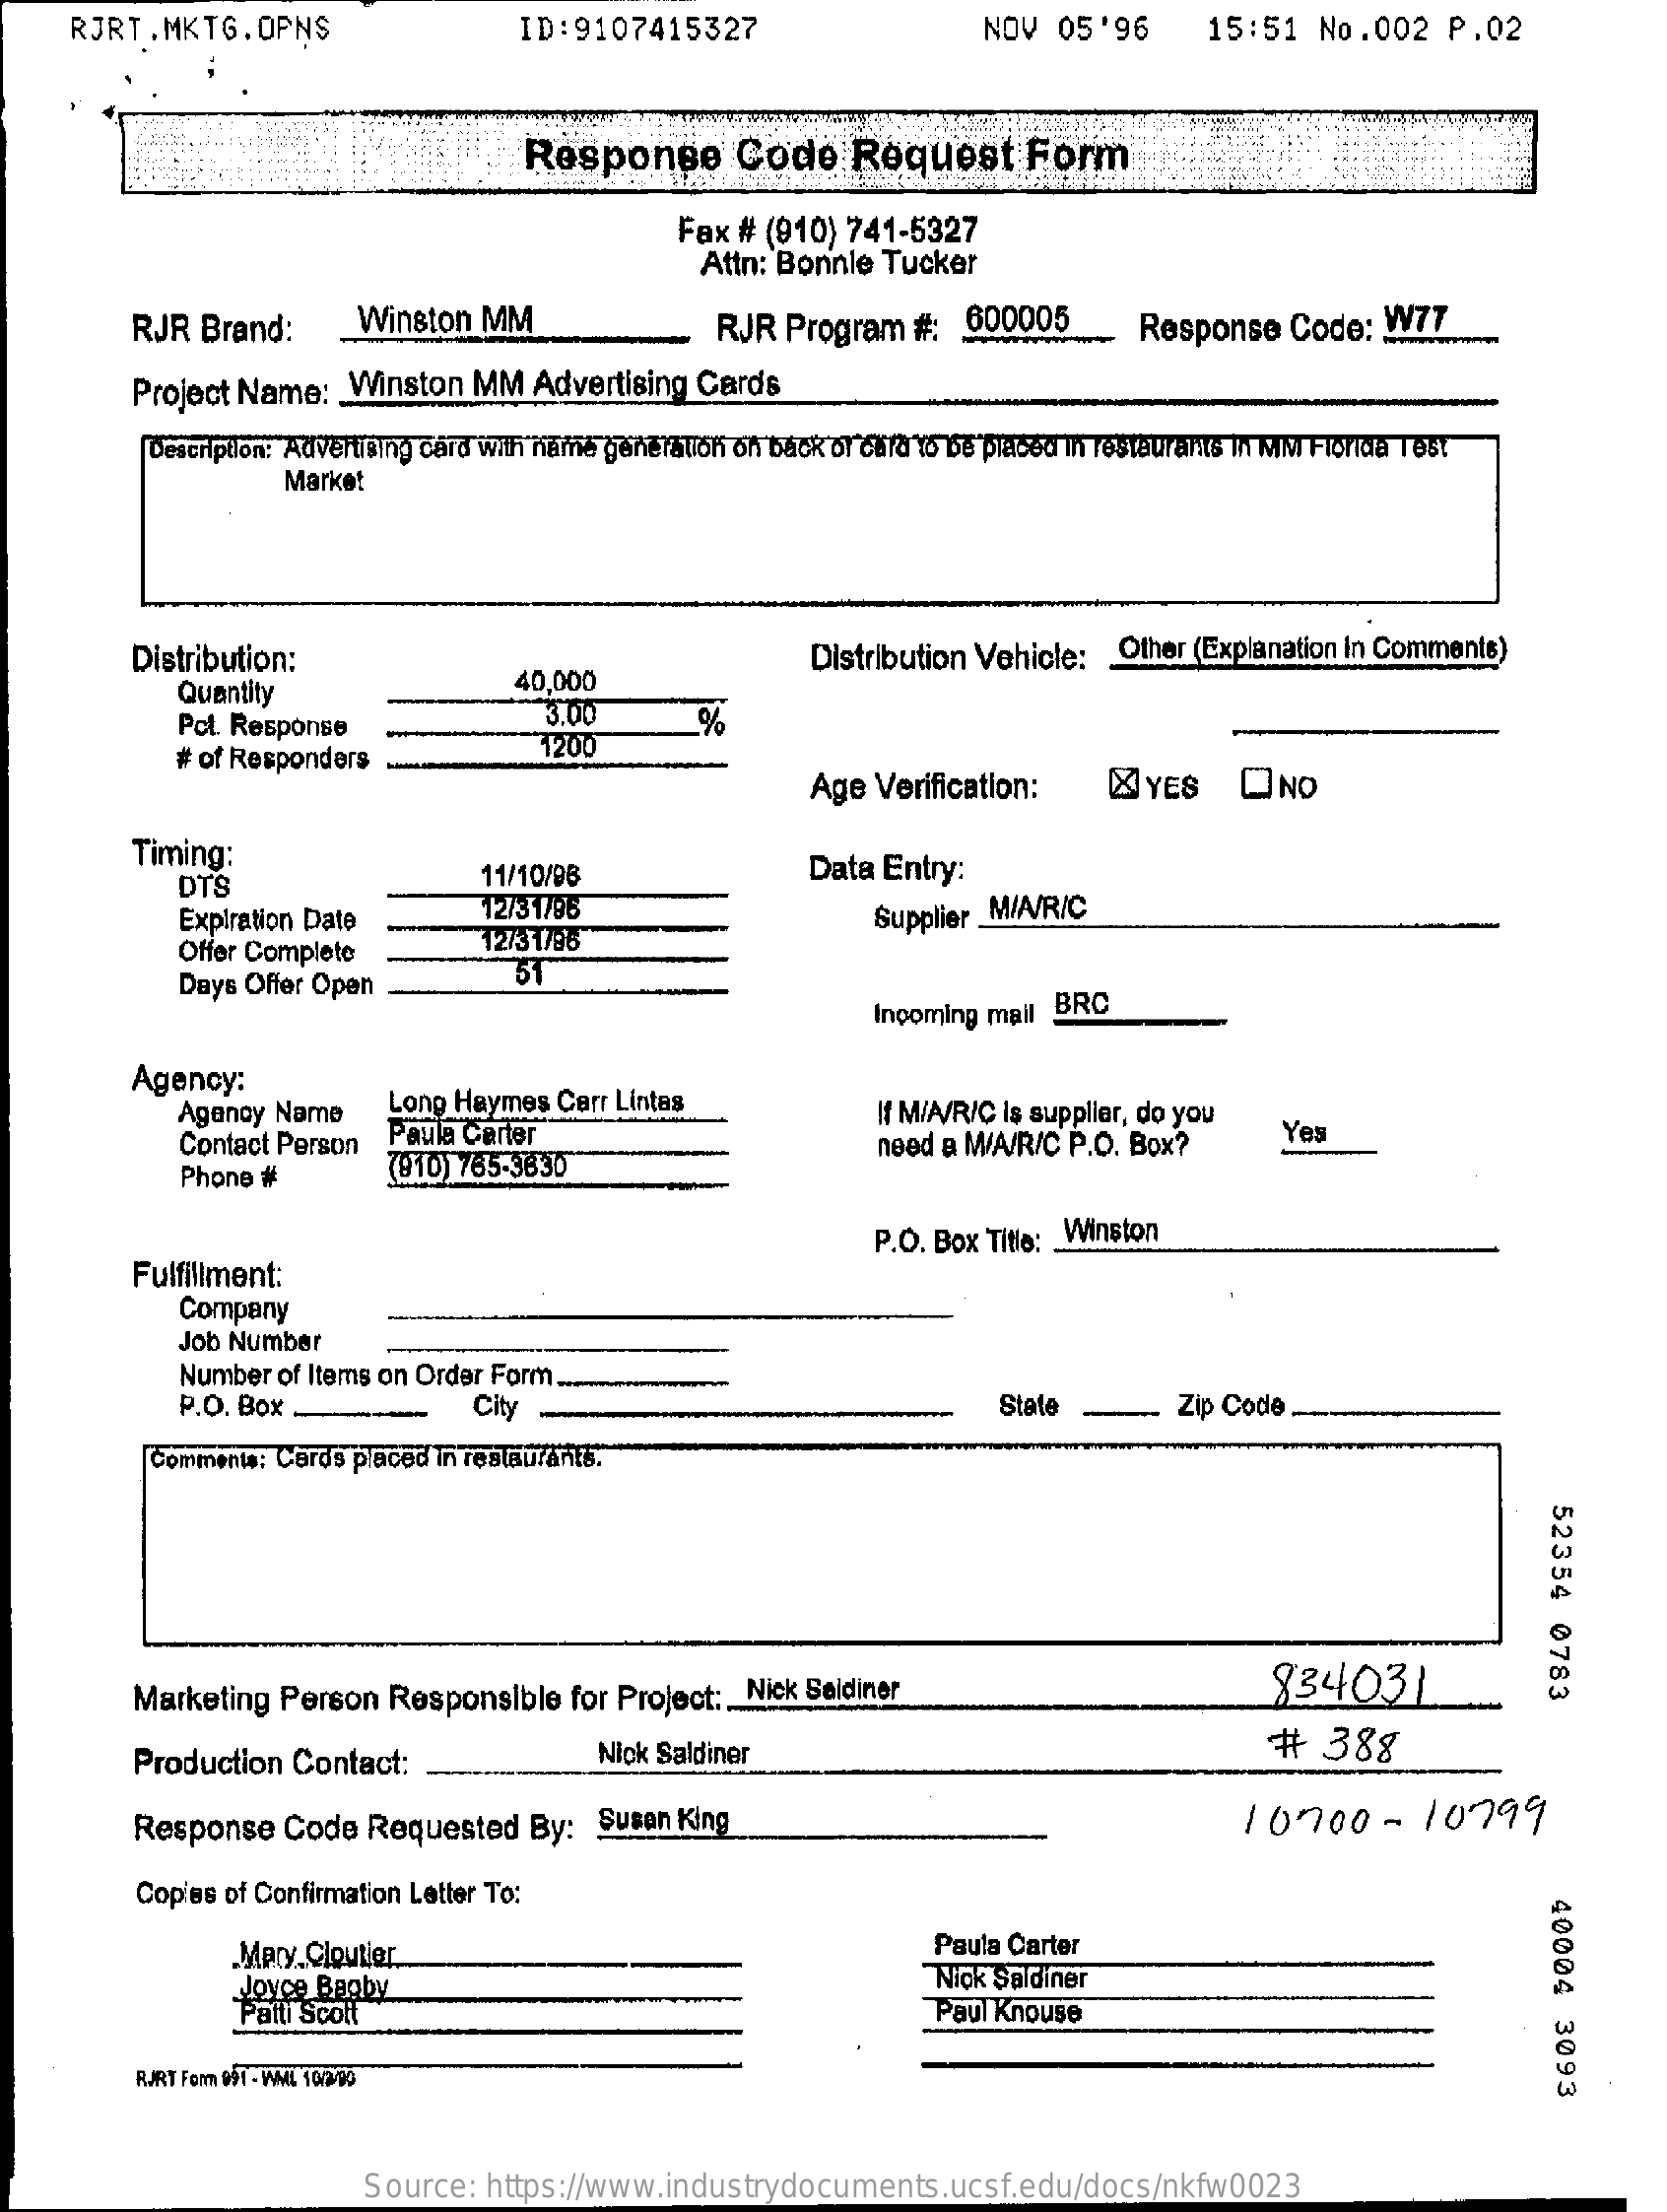
RJRT.MKTG.OPNS    ID:9107415327    NOV  05'96    15:51   No.002   P.02
     Response    Code    Request    Form
     Fax  # (910) 741-5327
     Attn: Bonnle Tucker
     RJR Brand:    Winston  MM    RJR  Program  #:  600005    Response   Code:  !!
     Project Name: _ Winston MM   Advertising Cards
     Description: Advertising card With name generation on back of cara to be placed in restaurants In MM Florida Tes!
     Market
     Distribution:    Distribution Vehicle: Other (Explanation in Comments)
     Quantity    40,000
     Pot. Response
     3.00
     # of Responders
     1200
     %
     Age Verification:    MYES    ONO
     Timing:
     DTS    11/10/96    Data Entry:
     Expiration Date    12/31/96
     Offer Complete    2731796
     Supplier MIA/R/C
     Days Offer Open
     31
     Incoming mail BRC
     Agency:
     Agency Name    Long Haymes  Carr Lintas
     Contact Person Paula Carter
     If M/A/R/C is supplier, do you
     need a M/A/R/C P.O. Box?    Yes
     Phone #    (810) 785-3830
     Fulfillment:
     P.O. Box Title: _ Winston
     Company
     Job Number
     Number of Items on Order Form ..
     P.O. Box .    City    State    Zip Code
     Comments: Cards placed in restaurants.
     52354
     0783
     Marketing Person  Responsible  for Project: __ Nick Seidiner    834031
     Production Contact:    Nick Saldiner    #   388
     Response  Code   Requested   By:  Susan King    10700-    10799
     Copies of Confirmation Letter To:
     40004
     3093
     .Mary Cloutier    Paula Carter
     Joyce Bapby
     Patti Scott
     Nick Saldiner
     Paul Knouse
     RURT For GIT - WML 10/2/09
     Source:  https://www.industrydocuments.ucsf.edu/docs/nkfw0023